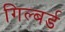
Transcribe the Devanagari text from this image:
गिल्बर्ड